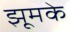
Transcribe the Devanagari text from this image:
झूमके